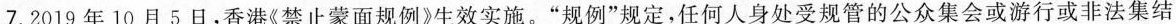
7.2019年10月5日，香港《禁止蒙面规例》生效实施。”规例”规定，任何人身处受规管的公众集会或游行或非法集结